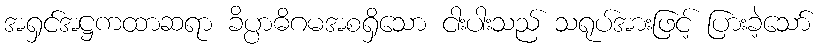
အရှင်အဋ္ဌကထာဆရာ ခိပ္ပာဓိဂမအစရှိသော ငါးပါးသည် သရုပ်အားဖြင့် ပြားခဲ့သော်